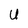
Character: U